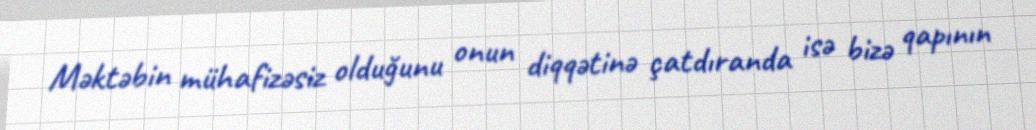
Məktəbin mühafizəsiz olduğunu onun diqqətinə çatdıranda isə bizə qapının